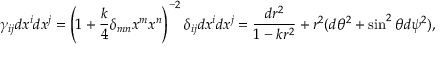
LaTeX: \gamma _ { i j } d x ^ { i } d x ^ { j } = \left( 1 + { \frac { k } { 4 } } \delta _ { m n } x ^ { m } x ^ { n } \right) ^ { - 2 } \delta _ { i j } d x ^ { i } d x ^ { j } = { \frac { d r ^ { 2 } } { 1 - k r ^ { 2 } } } + r ^ { 2 } ( d \theta ^ { 2 } + \sin ^ { 2 } \theta d \psi ^ { 2 } ) ,